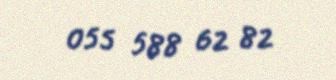
055 588 62 82